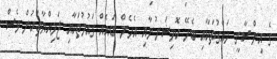
ގެ އިންސާނީ ހައްގުތަކާއި ބެހޭ ކޮމިޝަނުނާއި އެހެން ބައެއް ގައުމުތަކާއި ޖަމިއްޔާތަކުން ވެސް